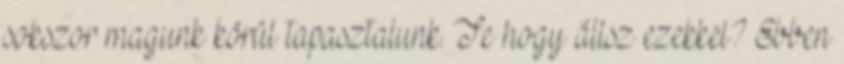
sokszor magunk körül tapasztalunk. Te hogy állsz ezekkel? Ebben